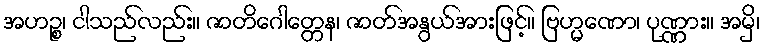
အဟဉ္စ၊ ငါသည်လည်း။ ဇာတိဂေါတ္တေန၊ ဇာတ်အနွယ်အားဖြင့်။ ဗြဟ္မဏော၊ ပုဏ္ဏား။ အမှိ၊